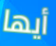
أيها